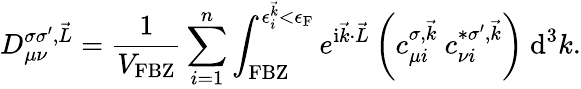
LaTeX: D_{\mu\nu}^{\sigma\sigma^{\prime},\vec{L}}=\frac{1}{V_{\textrm{FBZ}}}\sum_{i=1}^{n}\int_{\textrm{FBZ}}^{\epsilon_{i}^{\vec{k}}<\epsilon_{\textrm{F}}}e^{\mathrm{i}\vec{k}\cdot\vec{L}}\left(c_{\mu i}^{\sigma,\vec{k}}~c_{\nu i}^{*\sigma^{\prime},\vec{k}}\right)~\textrm{d}^{3}k.